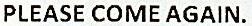
PLEASE COME AGAIN.